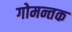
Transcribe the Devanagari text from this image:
गोमन्तक